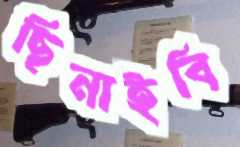
ছিনাইবি